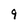
Character: 9